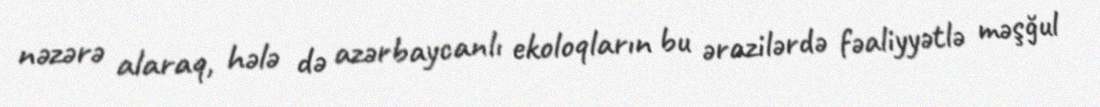
nəzərə alaraq, hələ də azərbaycanlı ekoloqların bu ərazilərdə fəaliyyətlə məşğul